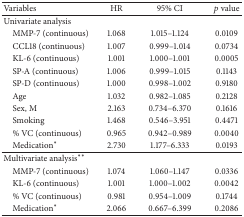
| Variables | HR | 95% CI | p value |
 | --- | --- | --- | --- |
 | Univariate analysis |  |  |  |
 | MMP-7 (continuous) | 1.068 | 1.015–1.124 | 0.0109 |
 | CCL18 (continuous) | 1.007 | 0.999–1.014 | 0.0734 |
 | KL-6 (continuous) | 1.001 | 1.000–1.001 | 0.0005 |
 | SP-A (continuous) | 1.006 | 0.999–1.015 | 0.1143 |
 | SP-D (continuous) | 1.000 | 0.998–1.002 | 0.9180 |
 | Age | 1.032 | 0.982–1.085 | 0.2128 |
 | Sex, M | 2.163 | 0.734–6.370 | 0.1616 |
 | Smoking | 1.468 | 0.546–3.951 | 0.4471 |
 | % VC (continuous) | 0.965 | 0.942–0.989 | 0.0040 |
 | Medication∗ | 2.730 | 1.177–6.333 | 0.0193 |
 | Multivariate analysis∗∗ |  |  |  |
 | MMP-7 (continuous) | 1.074 | 1.060–1.147 | 0.0336 |
 | KL-6 (continuous) | 1.001 | 1.000–1.002 | 0.0042 |
 | % VC (continuous) | 0.981 | 0.954–1.009 | 0.1744 |
 | Medication∗ | 2.066 | 0.667–6.399 | 0.2086 |